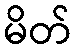
မိတ်